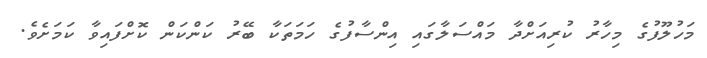
މަހުލޫފުގެ މިހާރު ކުރިއަށްދާ މައްސަލާގައި އިންސާފުގެ ހަމަތަކާ ބޭރު ކަންކަން ކޮށްފައިވާ ކަމަށެވެ.